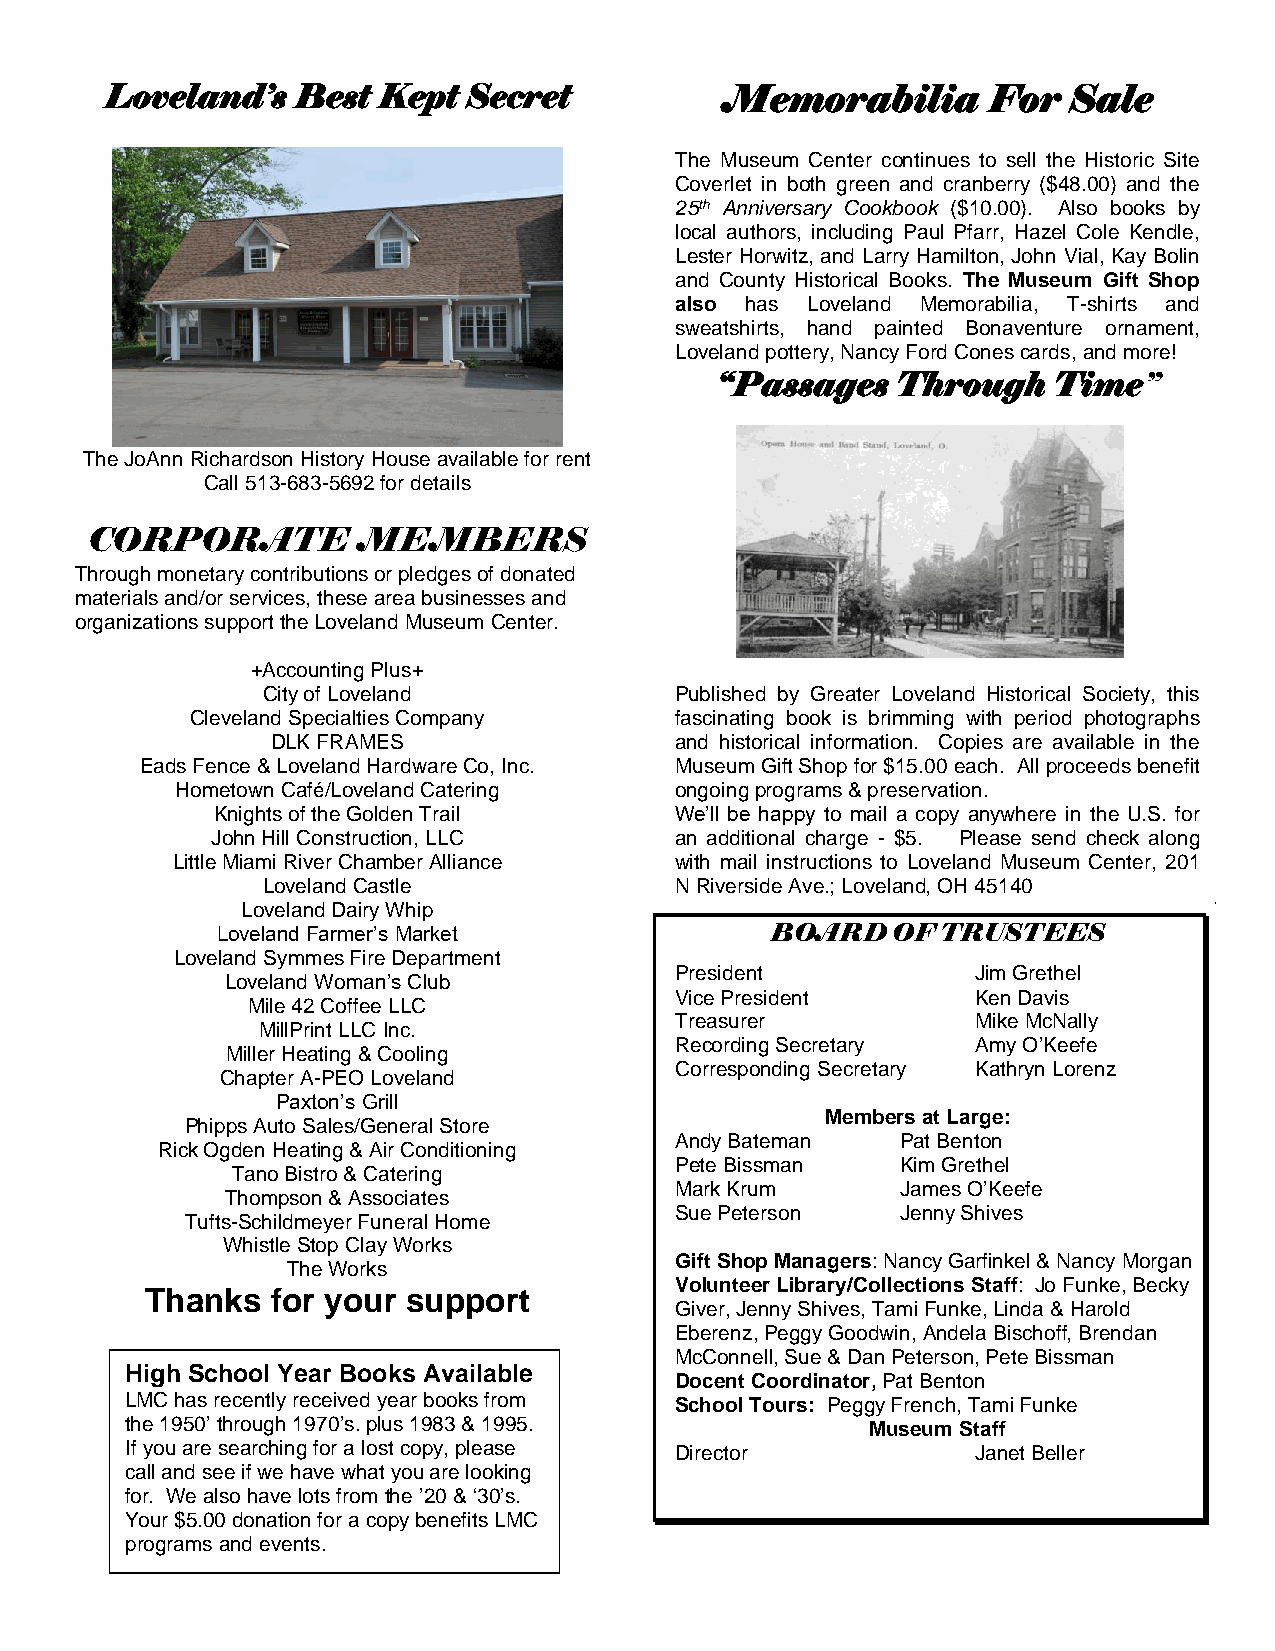
Loveland’s   Best Kept  Secret           Memorabilia      For   Sale
 The Museum Center continues to sell the Historic Site
 Coverlet in both green and cranberry ($48.00) and the
 25th Anniversary Cookbook ($10.00). Also books by
 local authors, including Paul Pfarr, Hazel Cole Kendle,
 Lester Horwitz, and Larry Hamilton, John Vial, Kay Bolin
 and County Historical Books. The Museum Gift Shop
 also has Loveland Memorabilia, T-shirts and
 sweatshirts, hand painted Bonaventure ornament,
 Loveland pottery, Nancy Ford Cones cards, and more!
 “Passages   Through    Time”
 The JoAnn Richardson History House available for rent
 Call 513-683-5692 for details
 CORPORATE         MEMBERS
 Through monetary contributions or pledges of donated
 materials and/or services, these area businesses and
 organizations support the Loveland Museum Center.
 +Accounting Plus+
 City of Loveland            Published by Greater Loveland Historical Society, this
 Cleveland Specialties Company   fascinating book is brimming with period photographs
 DLK FRAMES                 and historical information. Copies are available in the
 Eads Fence & Loveland Hardware Co, Inc. Museum Gift Shop for $15.00 each. All proceeds benefit
 Hometown Café/Loveland Catering  ongoing programs & preservation.
 Knights of the Golden Trail    We’ll be happy to mail a copy anywhere in the U.S. for
 John Hill Construction, LLC    an additional charge - $5. Please send check along
 Little Miami River Chamber Alliance with mail instructions to Loveland Museum Center, 201
 Loveland Castle             N Riverside Ave.; Loveland, OH 45140
 Loveland Dairy Whip
 Loveland Farmer’s Market             BOARD   OF TRUSTEES
 Loveland Symmes Fire Department
 President           Jim Grethel
 Loveland Woman’s Club
 Vice President      Ken Davis
 Mile 42 Coffee LLC
 Treasurer           Mike McNally
 MillPrint LLC Inc.
 Recording Secretary Amy O’Keefe
 Miller Heating & Cooling
 Corresponding Secretary Kathryn Lorenz
 Chapter A-PEO Loveland
 Paxton’s Grill
 Members at Large:
 Phipps Auto Sales/General Store
 Andy Bateman   Pat Benton
 Rick Ogden Heating & Air Conditioning
 Pete Bissman   Kim Grethel
 Tano Bistro & Catering
 Mark Krum      James O’Keefe
 Thompson & Associates
 Sue Peterson   Jenny Shives
 Tufts-Schildmeyer Funeral Home
 Whistle Stop Clay Works
 Gift Shop Managers: Nancy Garfinkel & Nancy Morgan
 The Works
 Volunteer Library/Collections Staff: Jo Funke, Becky
 Thanks  for your support
 Giver, Jenny Shives, Tami Funke, Linda & Harold
 Eberenz, Peggy Goodwin, Andela Bischoff, Brendan
 McConnell, Sue & Dan Peterson, Pete Bissman
 High School Year Books Available
 Docent Coordinator, Pat Benton
 LMC has recently received year books from School Tours: Peggy French, Tami Funke
 the 1950’ through 1970’s. plus 1983 & 1995.       Museum Staff
 If you are searching for a lost copy, please Director    Janet Beller
 call and see if we have what you are looking
 for. We also have lots from the ’20 & ‘30’s.
 Your $5.00 donation for a copy benefits LMC
 programs and events.